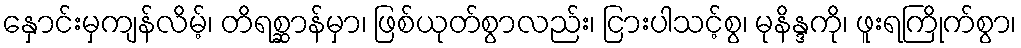
နှောင်းမှကျန်လိမ့်၊ တိရစ္ဆာန်မှာ၊ ဖြစ်ယုတ်စွာလည်း၊ ငြားပါသင့်စွ၊ မုနိန္ဒကို၊ ဖူးရကြိုက်စွာ၊